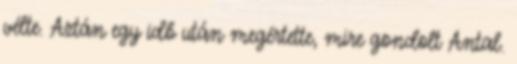
vélte. Aztán egy idő után megértette, mire gondolt Antal.